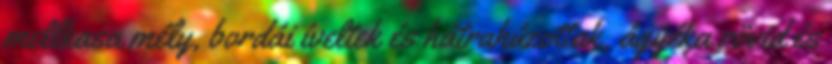
mellkasa mély, bordái íveltek és hátrahúzottak, ágyéka rövid és